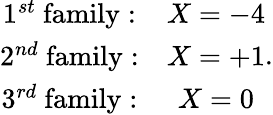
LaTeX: \begin{array}{cc}{{1^{st}\ \mathrm{family:}}}&{{X=-4}}\\ {{2^{nd}\ \mathrm{family:}}}&{{X=+1}}\\ {{3^{rd}\ \mathrm{family:}}}&{{X=0}}\end{array}.